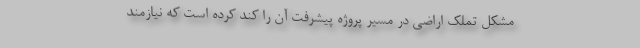
مشکل تملک اراضی در مسیر پروژه پیشرفت آن را کند کرده است که نیازمند